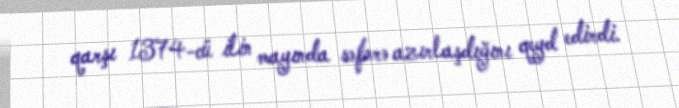
qarşı 1374-cü ilin mayında səfərə azırlaşdığını qeyd edirdi.